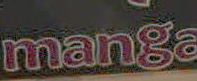
manga